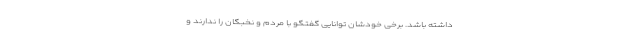
داشته باشد. برخی خودشان توانایی گفتگو با مردم و نخبگان را ندارند و